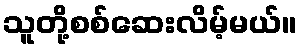
သူတို့စစ်ဆေးလိမ့်မယ်။